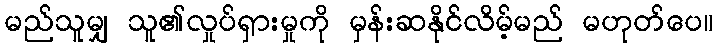
မည်သူမျှ သူ၏လှုပ်ရှားမှုကို မှန်းဆနိုင်လိမ့်မည် မဟုတ်ပေ။